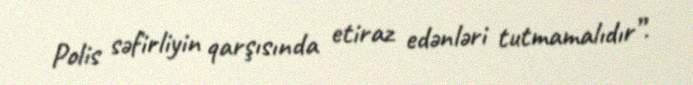
Polis səfirliyin qarşısında etiraz edənləri tutmamalıdır”.